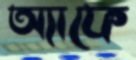
অ্যাফে